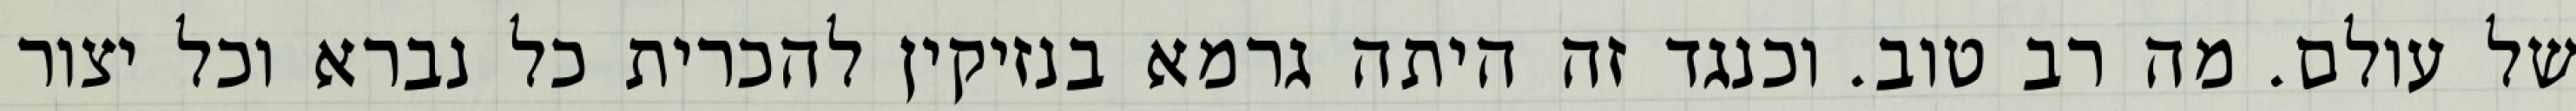
של עולם. מה רב טוב. וכנגד זה היתה גרמא בנזיקין להכרית כל נברא וכל יצור